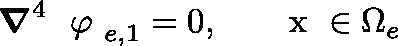
\ensuremath { \boldsymbol { \nabla } } ^ { 4 } \ensuremath { \mathrm { ~ \boldmath ~ \varphi ~ } } _ { e , 1 } = 0 , ~ ~ ~ ~ \ensuremath { \mathrm { ~ \boldmath ~ x ~ } } \in \Omega _ { e }